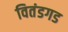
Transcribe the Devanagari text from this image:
वितंडगड